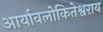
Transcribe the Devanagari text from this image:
आर्यावलोकितेश्वराय